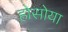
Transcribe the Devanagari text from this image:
होसोया